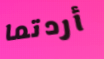
أردتما